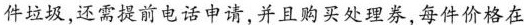
件垃圾，还需提前电话申请，并且购买处理券,每件价格在